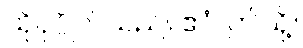
ထိုပုဂ္ဂိုလ်သည်။ ဧဝံ၊ ဤသို့။